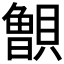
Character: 𰷐